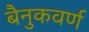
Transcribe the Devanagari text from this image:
बैनुकवर्ण